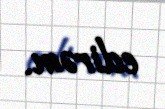
edirəm.